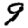
Digit: 9